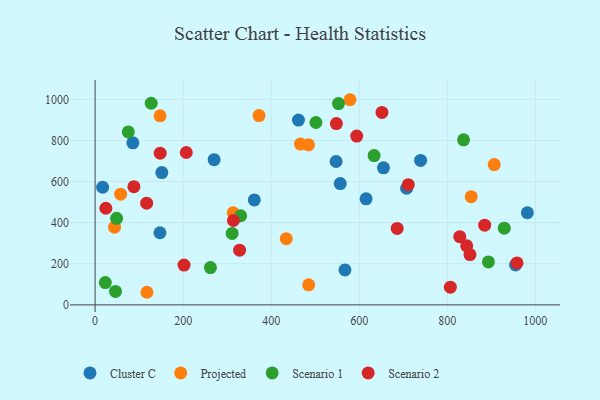
{"axis": {"x": "Speed", "y": "Salary"}, "legend": ["Cluster C", "Projected", "Scenario 1", "Scenario 2"], "data": [{"x": "567.7", "y": 169.8, "type": "Cluster C"}, {"x": "739.5", "y": 703.0, "type": "Cluster C"}, {"x": "615.6", "y": 515.9, "type": "Cluster C"}, {"x": "270.4", "y": 706.6, "type": "Cluster C"}, {"x": "151.6", "y": 643.9, "type": "Cluster C"}, {"x": "17.1", "y": 572.2, "type": "Cluster C"}, {"x": "982.1", "y": 448.3, "type": "Cluster C"}, {"x": "462.0", "y": 898.9, "type": "Cluster C"}, {"x": "655.2", "y": 666.8, "type": "Cluster C"}, {"x": "361.7", "y": 510.5, "type": "Cluster C"}, {"x": "707.8", "y": 567.5, "type": "Cluster C"}, {"x": "547.5", "y": 697.6, "type": "Cluster C"}, {"x": "147.4", "y": 350.9, "type": "Cluster C"}, {"x": "85.8", "y": 788.5, "type": "Cluster C"}, {"x": "955.2", "y": 194.3, "type": "Cluster C"}, {"x": "556.9", "y": 590.2, "type": "Cluster C"}, {"x": "147.5", "y": 919.6, "type": "Projected"}, {"x": "466.6", "y": 782.4, "type": "Projected"}, {"x": "854.5", "y": 526.6, "type": "Projected"}, {"x": "313.7", "y": 448.1, "type": "Projected"}, {"x": "579.1", "y": 998.1, "type": "Projected"}, {"x": "485.2", "y": 97.4, "type": "Projected"}, {"x": "372.4", "y": 921.1, "type": "Projected"}, {"x": "117.7", "y": 61.3, "type": "Projected"}, {"x": "484.8", "y": 778.5, "type": "Projected"}, {"x": "434.3", "y": 321.9, "type": "Projected"}, {"x": "906.8", "y": 682.7, "type": "Projected"}, {"x": "58.0", "y": 538.6, "type": "Projected"}, {"x": "44.1", "y": 378.0, "type": "Projected"}, {"x": "501.7", "y": 887.3, "type": "Scenario 1"}, {"x": "837.1", "y": 803.2, "type": "Scenario 1"}, {"x": "127.5", "y": 981.0, "type": "Scenario 1"}, {"x": "330.7", "y": 433.7, "type": "Scenario 1"}, {"x": "553.0", "y": 979.4, "type": "Scenario 1"}, {"x": "262.0", "y": 181.3, "type": "Scenario 1"}, {"x": "893.5", "y": 208.9, "type": "Scenario 1"}, {"x": "48.8", "y": 421.1, "type": "Scenario 1"}, {"x": "75.4", "y": 841.5, "type": "Scenario 1"}, {"x": "929.6", "y": 373.1, "type": "Scenario 1"}, {"x": "23.2", "y": 108.3, "type": "Scenario 1"}, {"x": "46.3", "y": 65.6, "type": "Scenario 1"}, {"x": "633.9", "y": 726.5, "type": "Scenario 1"}, {"x": "311.3", "y": 347.5, "type": "Scenario 1"}, {"x": "88.2", "y": 575.2, "type": "Scenario 2"}, {"x": "711.5", "y": 584.7, "type": "Scenario 2"}, {"x": "885.1", "y": 387.8, "type": "Scenario 2"}, {"x": "651.7", "y": 936.2, "type": "Scenario 2"}, {"x": "117.1", "y": 494.7, "type": "Scenario 2"}, {"x": "686.3", "y": 371.8, "type": "Scenario 2"}, {"x": "548.2", "y": 881.9, "type": "Scenario 2"}, {"x": "828.5", "y": 331.8, "type": "Scenario 2"}, {"x": "147.9", "y": 738.2, "type": "Scenario 2"}, {"x": "807.1", "y": 85.9, "type": "Scenario 2"}, {"x": "24.4", "y": 470.0, "type": "Scenario 2"}, {"x": "207.2", "y": 741.3, "type": "Scenario 2"}, {"x": "314.2", "y": 410.4, "type": "Scenario 2"}, {"x": "594.4", "y": 821.2, "type": "Scenario 2"}, {"x": "958.5", "y": 203.9, "type": "Scenario 2"}, {"x": "328.2", "y": 266.3, "type": "Scenario 2"}, {"x": "844.3", "y": 287.2, "type": "Scenario 2"}, {"x": "202.1", "y": 193.6, "type": "Scenario 2"}, {"x": "851.7", "y": 244.9, "type": "Scenario 2"}]}